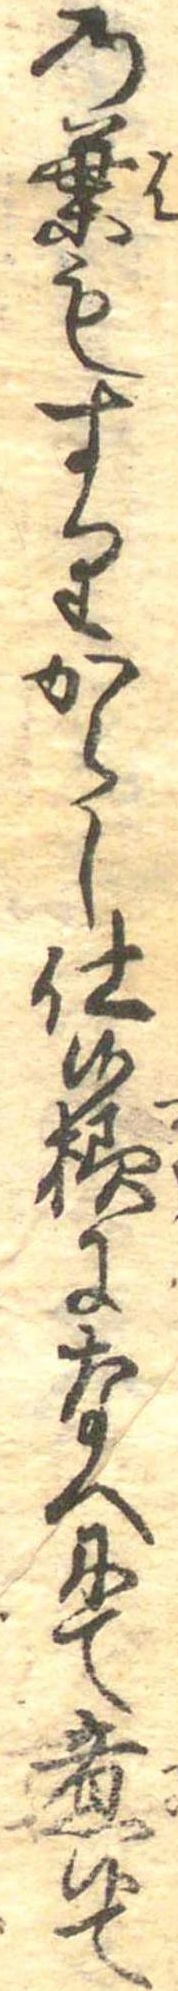
の葉もすりからし仕候様になへにて煮候て